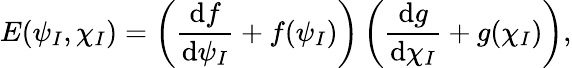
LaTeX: E(\psi_{I},\chi_{I})=\left(\frac{\mathrm{d}f}{\mathrm{d}\psi_{I}}+f(\psi_{I})\right)\left(\frac{\mathrm{d}g}{\mathrm{d}\chi_{I}}+g(\chi_{I})\right),